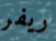
ريفر